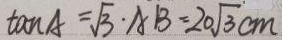
\tan A = \sqrt { 3 } \cdot A B = 2 0 \sqrt { 3 } c m